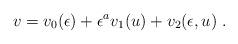
LaTeX: \begin{align*}v=v_0 (\epsilon)+\epsilon^a v_1(u )+v_2(\epsilon,u )\ .\end{align*}